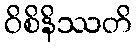
ဝိစိနိဿတိ